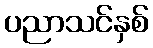
ပညာသင်နှစ်